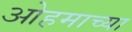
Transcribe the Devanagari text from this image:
ओहमाच्या